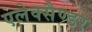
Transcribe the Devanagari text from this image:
एलेक्सैण्डर